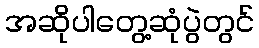
အဆိုပါတွေ့ဆုံပွဲတွင်